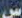
س